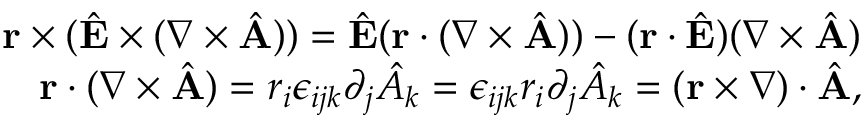
\begin{array} { r l r } & { } & { { \bf r } \times ( \hat { \bf E } \times ( \nabla \times \hat { \bf A } ) ) = \hat { \bf E } ( { \bf r } \cdot ( \nabla \times \hat { \bf A } ) ) - ( { \bf r } \cdot \hat { \bf E } ) ( \nabla \times \hat { \bf A } ) } \\ & { } & { { \bf r } \cdot ( \nabla \times \hat { \bf A } ) = r _ { i } \epsilon _ { i j k } \partial _ { j } \hat { A } _ { k } = \epsilon _ { i j k } r _ { i } \partial _ { j } \hat { A } _ { k } = ( { \bf r } \times \nabla ) \cdot \hat { \bf A } , } \end{array}